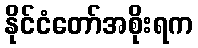
နိုင်ငံတော်အစိုးရက